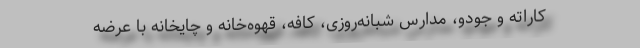
کاراته و جودو، مدارس شبانه‌روزی، کافه، قهوه‌خانه و چایخانه با عرضه